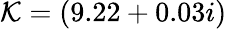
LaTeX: \mathcal{K}=(9.22+0.03i)